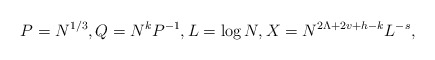
\begin{align*}P=N^{1/3},Q=N^kP^{-1},L=\log N,X=N^{2\Lambda+2v+h-k}L^{-s},\end{align*}